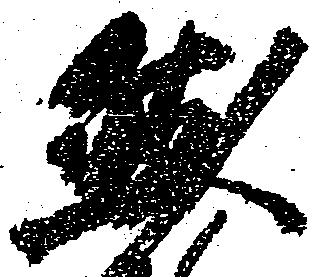
然